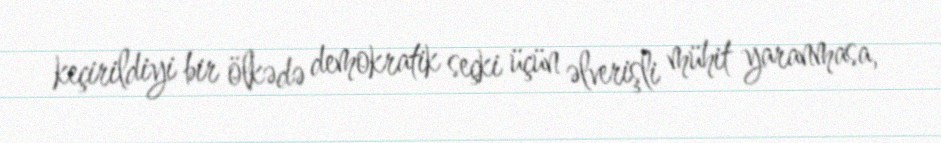
keçirildiyi bir ölkədə demokratik seçki üçün əlverişli mühit yaranmasa,